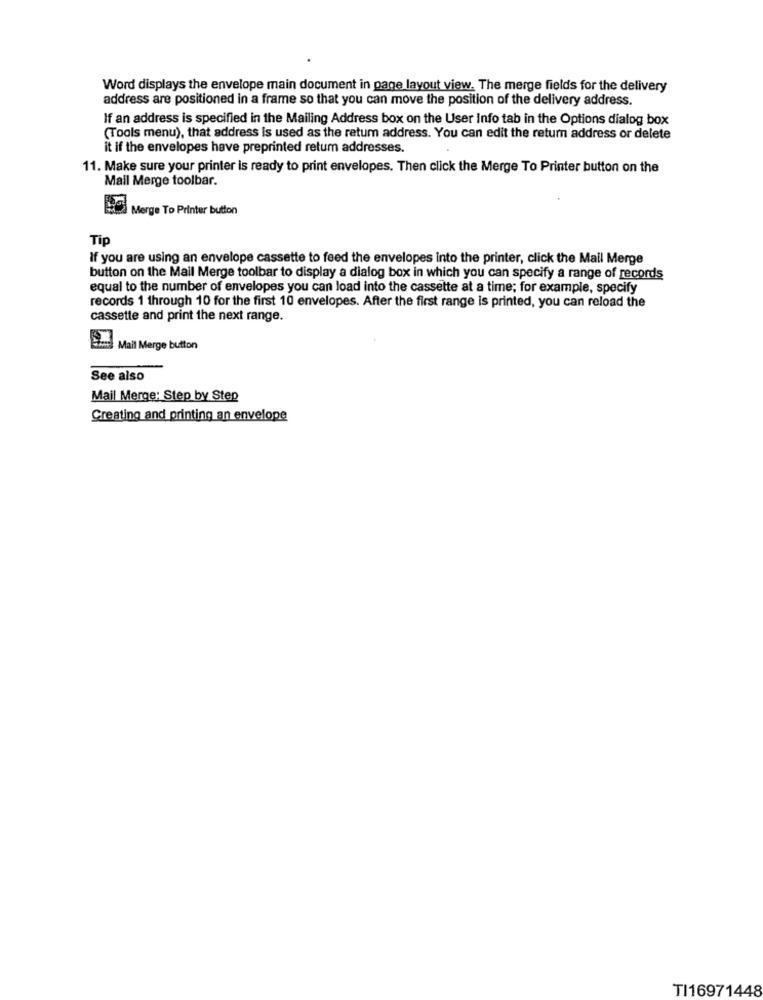
Word displays the envelope main document in page layout view. The merge fields for the delivery
address are positioned in a frame so that you can move the position of the delivery address.
If an address is specified in the Mailing Address box on the User info tab in the Options dialog box
(Tools menu), that address is used as the retum address. You can edit the return address or delete
it if the envelopes have preprinted retum addresses.
11. Make sure your printer is ready to print envelopes. Then click the Merge To Printer button on the
Mail Merge toolbar.
Merge To Printer button
Tip
If you are using an envelope cassette to feed the envelopes into the printer, click the Mail Merge
button on the Mail Merge toolbar to display a dialog box in which you can specify a range of records
equal to the number of envelopes you can load into the cassette at a time; for example, specify
records 1 through 10 for the first 10 envelopes. After the first range is printed, you can reload the
cassette and print the next range.
Sim Mail Merge button
See also
Mail Merge: Step by Step
Creating and printing an envelope
TI16971448